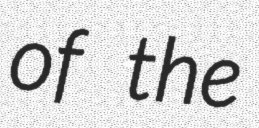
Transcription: of the